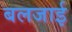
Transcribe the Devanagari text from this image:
बलजाई